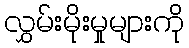
လွှမ်းမိုးမှုများကို